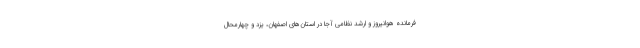
فرمانده هوانیروز و ارشد نظامی آجا در استان‌های اصفهان، یزد و چهارمحال